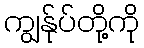
ကျွန်ုပ်တို့ကို